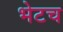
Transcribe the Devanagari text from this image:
भेटच